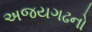
અજયગઢનો